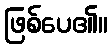
ဖြစ်ပေ၏။